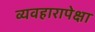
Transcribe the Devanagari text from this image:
व्यवहारापेक्षा